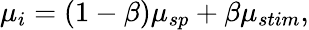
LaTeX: \mu_{i}=(1-\beta)\mu_{sp}+\beta\mu_{stim},